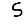
Digit: 5